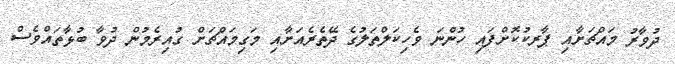
ދުވާރު މައްޗަށާއި ޕާރކުކޮށްފައި ހުންނަ ވެހިކަލްތަލުގެ ދޭތެރެއަށާއި މަގިމައްޗަށް ގުއިރެމުން ދުވާ ބުޅާތައްވެސް